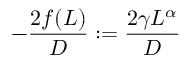
- \frac { 2 f ( L ) } { D } : = \frac { 2 \gamma L ^ { \alpha } } { D }